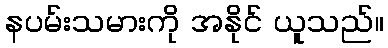
နပမ်းသမားကို အနိုင် ယူသည်။